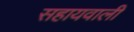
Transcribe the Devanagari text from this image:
सहायवाली